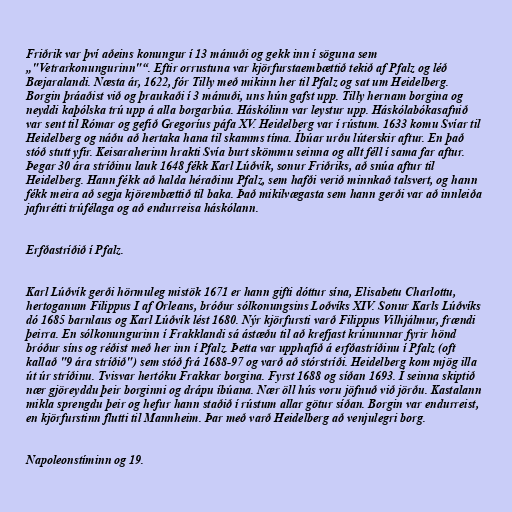
Friðrik var því aðeins konungur í 13 mánuði og gekk inn í söguna sem
„"Vetrarkonungurinn"“. Eftir orrustuna var kjörfurstaembættið tekið af Pfalz og léð
Bæjaralandi. Næsta ár, 1622, fór Tilly með mikinn her til Pfalz og sat um Heidelberg.
Borgin þráaðist við og þraukaði í 3 mánuði, uns hún gafst upp. Tilly hernam borgina og
neyddi kaþólska trú upp á alla borgarbúa. Háskólinn var leystur upp. Háskólabókasafnið
var sent til Rómar og gefið Gregoríus páfa XV. Heidelberg var í rústum. 1633 komu Svíar til
Heidelberg og náðu að hertaka hana til skamms tíma. Íbúar urðu lúterskir aftur. En það
stóð stutt yfir. Keisaraherinn hrakti Svía burt skömmu seinna og allt féll í sama far aftur.
Þegar 30 ára stríðinu lauk 1648 fékk Karl Lúðvík, sonur Friðriks, að snúa aftur til
Heidelberg. Hann fékk að halda héraðinu Pfalz, sem hafði verið minnkað talsvert, og hann
fékk meira að segja kjörembættið til baka. Það mikilvægasta sem hann gerði var að innleiða
jafnrétti trúfélaga og að endurreisa háskólann.

Erfðastríðið í Pfalz.

Karl Lúðvík gerði hörmuleg mistök 1671 er hann gifti dóttur sína, Elisabetu Charlottu,
hertoganum Filippus I af Orleans, bróður sólkonungsins Loðvíks XIV. Sonur Karls Lúðvíks
dó 1685 barnlaus og Karl Lúðvík lést 1680. Nýr kjörfursti varð Filippus Vilhjálmur, frændi
þeirra. En sólkonungurinn í Frakklandi sá ástæðu til að krefjast krúnunnar fyrir hönd
bróður síns og réðist með her inn í Pfalz. Þetta var upphafið á erfðastríðinu í Pfalz (oft
kallað "9 ára stríðið") sem stóð frá 1688-97 og varð að stórstríði. Heidelberg kom mjög illa
út úr stríðinu. Tvisvar hertóku Frakkar borgina. Fyrst 1688 og síðan 1693. Í seinna skiptið
nær gjöreyddu þeir borginni og drápu íbúana. Nær öll hús voru jöfnuð við jörðu. Kastalann
mikla sprengdu þeir og hefur hann staðið í rústum allar götur síðan. Borgin var endurreist,
en kjörfurstinn flutti til Mannheim. Þar með varð Heidelberg að venjulegri borg.

Napoleonstíminn og 19.